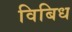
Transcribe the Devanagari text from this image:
विबिध